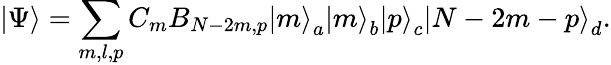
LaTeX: \left|\Psi\right>=\sum_{m,l,p}C_{m}B_{N-2m,p}\left|m\right>_{a}\left|m\right>_{b}\left|p\right>_{c}\left|N-2m-p\right>_{d}.